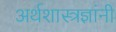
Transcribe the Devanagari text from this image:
अर्थशास्त्रज्ञांनी